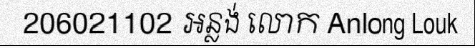
206021102 អន្លង់ លោក Anlong Louk